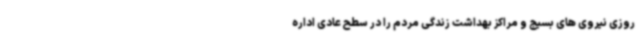
روزی نیروی های بسیج و مراکز بهداشت زندگی مردم را در سطح عادی اداره